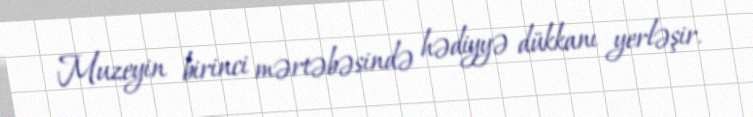
Muzeyin birinci mərtəbəsində hədiyyə dükkanı yerləşir.